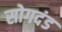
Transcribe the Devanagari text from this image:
सोगदंड